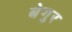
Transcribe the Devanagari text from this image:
बेगुर